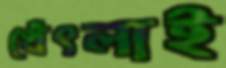
থেঁৎলাই